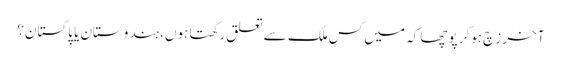
آخر زِچ ہوکر پوچھا کہ میں کس ملک سے تعلق رکھتا ہوں، ہندوستان یا پاکستان؟